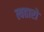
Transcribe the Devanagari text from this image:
त्यहारो